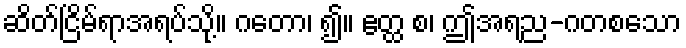
ဆိတ်ငြိမ်ရာအရပ်သို့။ ဂတော၊ ၍။ ဧတ္ထ စ၊ ဤအရည-ဂတစသော